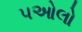
પઓલો